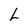
Character: L